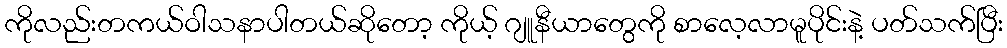
ကိုလည်းတကယ်ဝါသနာပါတယ်ဆိုတော့ ကိုယ့် ဂျူနီယာတွေကို စာလေ့လာမူပိုင်းနဲ့ ပတ်သက်ပြီး